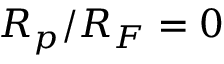
R _ { p } / R _ { F } = 0